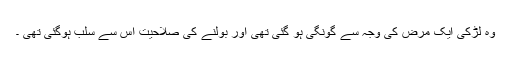
وہ لڑکی ایک مرض کی وجہ سے گونگی ہو گئی تھی اور بولنے کی صلاحیت اس سے سلب ہوگئی تھی ۔